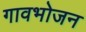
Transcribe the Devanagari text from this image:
गावभोजन